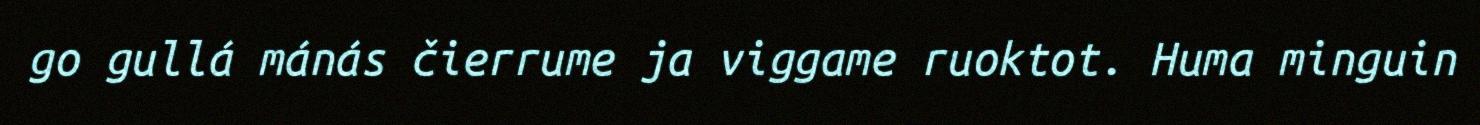
go gullá mánás čierrume ja viggame ruoktot. Huma minguin